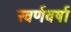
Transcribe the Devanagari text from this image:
स्वर्णवर्षा